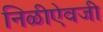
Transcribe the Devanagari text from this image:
निळीऐवजी